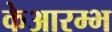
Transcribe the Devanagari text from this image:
केआरम्भ